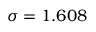
\sigma = 1 . 6 0 8